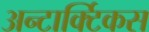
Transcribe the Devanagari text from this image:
अन्टार्क्टिकस